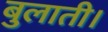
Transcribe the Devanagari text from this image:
बुलाती।